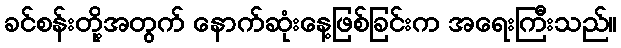
ခင်စန်းတို့အတွက် နောက်ဆုံးနေ့ဖြစ်ခြင်းက အရေးကြီးသည်။